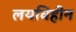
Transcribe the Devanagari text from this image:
लयविहीन